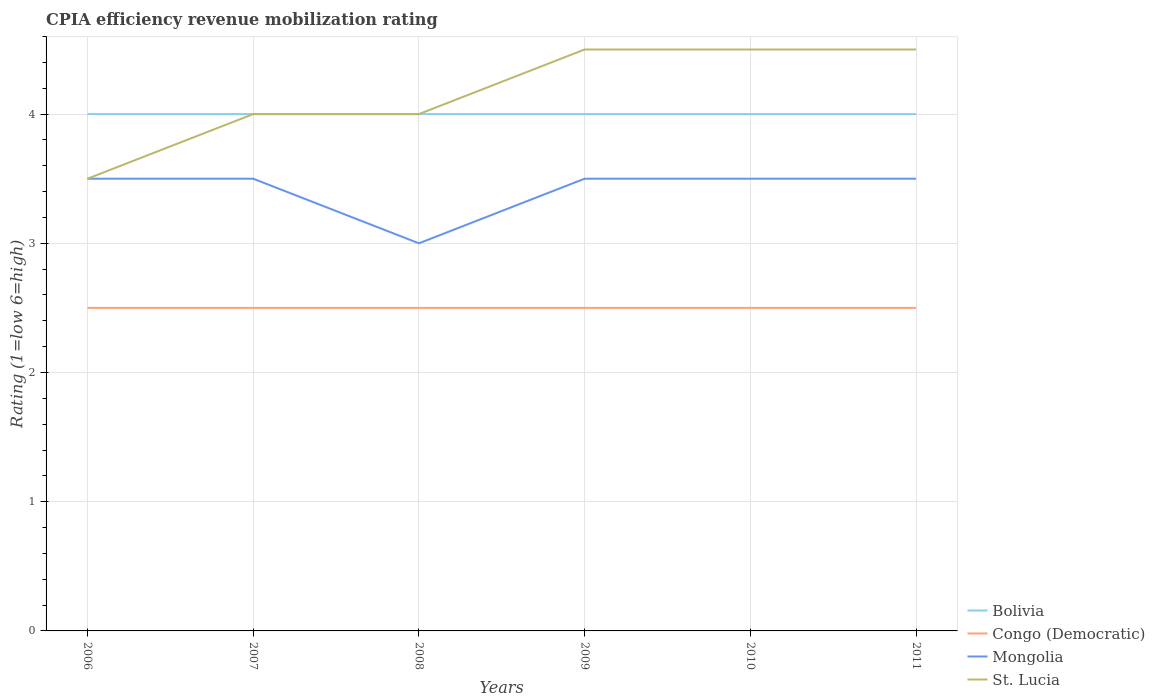
| Years | Bolivia | Congo (Democratic) | Mongolia | St. Lucia |
 | --- | --- | --- | --- | --- |
 | 2006 | 4 | 2.5 | 3.5 | 3.5 |
 | 2007 | 4 | 2.5 | 3.5 | 4 |
 | 2008 | 4 | 2.5 | 3 | 4 |
 | 2009 | 4 | 2.5 | 3.5 | 4.5 |
 | 2010 | 4 | 2.5 | 3.5 | 4.5 |
 | 2011 | 4 | 2.5 | 3.5 | 4.5 |